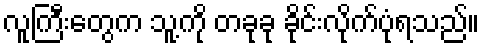
လူကြီးတွေက သူ့ကို တခုခု ခိုင်းလိုက်ပုံရသည်။